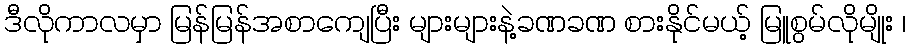
ဒီလိုကာလမှာ မြန်မြန်အစာကျေပြီး များများနဲ့ခဏခဏ စားနိုင်မယ့် မြူစွမ်လိုမျိုး ၊